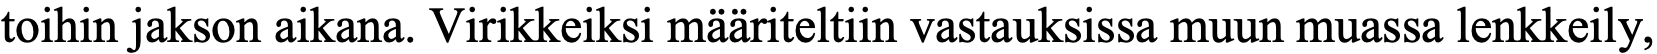
toihin jakson aikana. Virikkeiksi määriteltiin vastauksissa muun muassa lenkkeily,